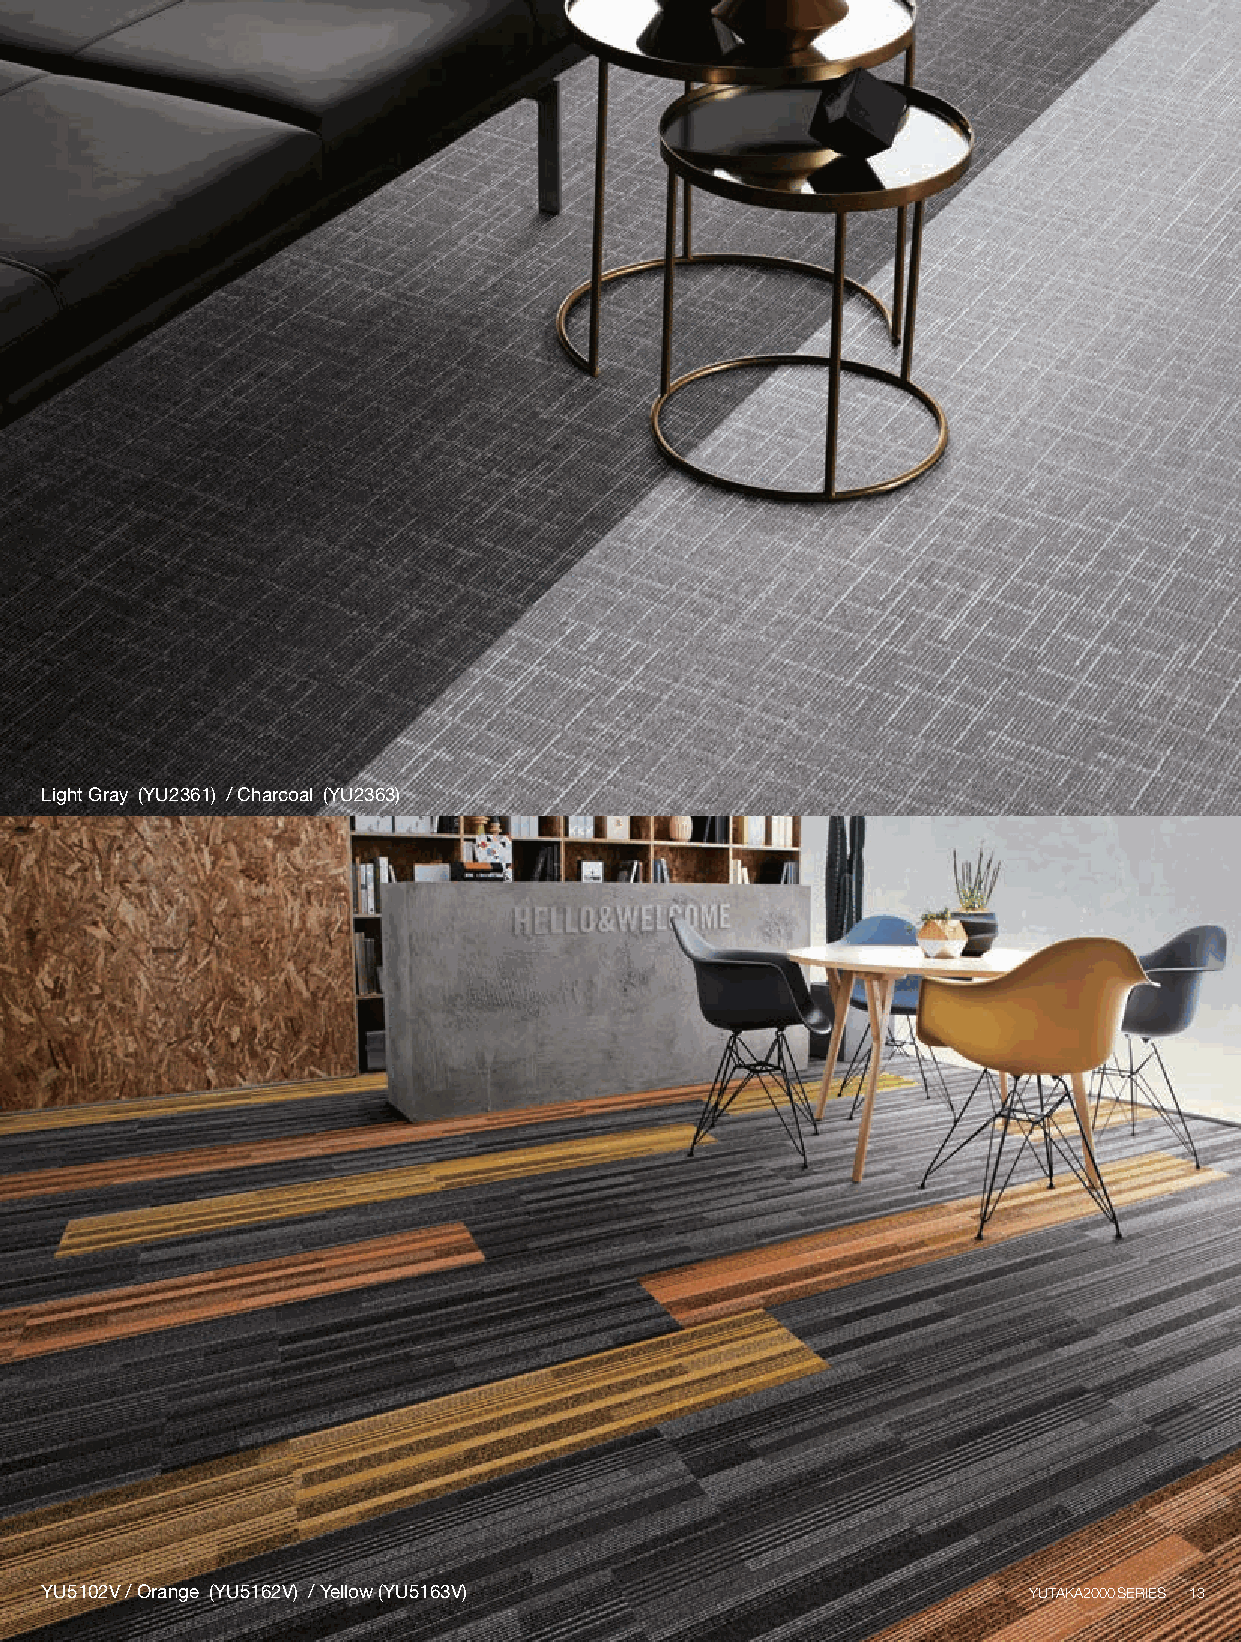
Light Gray (YU2361) / Charcoal (YU2363)
 YU5102V / Orange (YU5162V) / Yellow (YU5163V)                    YUTAKA2000SERIES 13